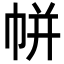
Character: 帡